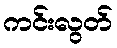
ကင်းလွတ်